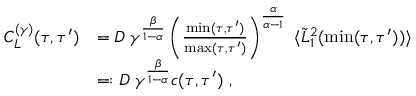
\begin{array} { r l } { C _ { L } ^ { ( \gamma ) } ( \tau , \tau ^ { \prime } ) } & { = D \; \gamma ^ { \frac { \beta } { 1 - \alpha } } \left( \frac { \operatorname* { m i n } ( \tau , \tau ^ { \prime } ) } { \operatorname* { m a x } ( \tau , \tau ^ { \prime } ) } \right) ^ { \frac { \alpha } { \alpha - 1 } } \; \langle \tilde { L } _ { 1 } ^ { 2 } ( \operatorname* { m i n } ( \tau , \tau ^ { \prime } ) ) \rangle } \\ & { = : D \; \gamma ^ { \frac { \beta } { 1 - \alpha } } c ( \tau , \tau ^ { \prime } ) \ , } \end{array}